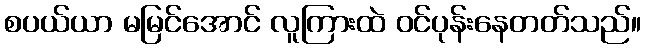
စပယ်ယာ မမြင်အောင် လူကြားထဲ ဝင်ပုန်းနေတတ်သည်။